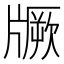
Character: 𱭡